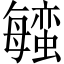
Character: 𬠱